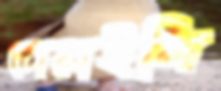
চোয়াইলি